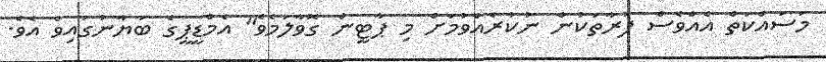
މަސައްކަތް އެއްވެސް ފަރާތަކުން ނުކުރެއްވުމަށް މި ޕާޓީން ގޮވާލަމެވެ" އެމްޑީޕީގެ ބަޔާނުގައިވެ އެވެ.